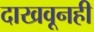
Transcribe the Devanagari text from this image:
दाखवूनही